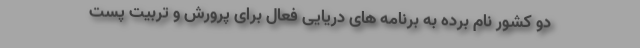
دو کشور نام برده به برنامه های دریایی فعال برای پرورش و تربیت پست